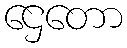
ဌေတော